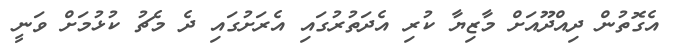
އެގޮތުން ދިއްދޫއަށް މާޒިޔާ ކުރި އެދަތުރުގައި އެރަށުގައި ދެ މެޗު ކުޅުމަށް ވަނީ